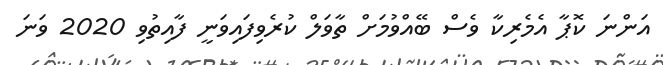
އަންނަ ކޮޕާ އެމެރިކާ ވެސް ބޭއްވުމަށް ތާވަލް ކުރެވިފައިވަނީ ފާއިތުވި 2020 ވަނަ